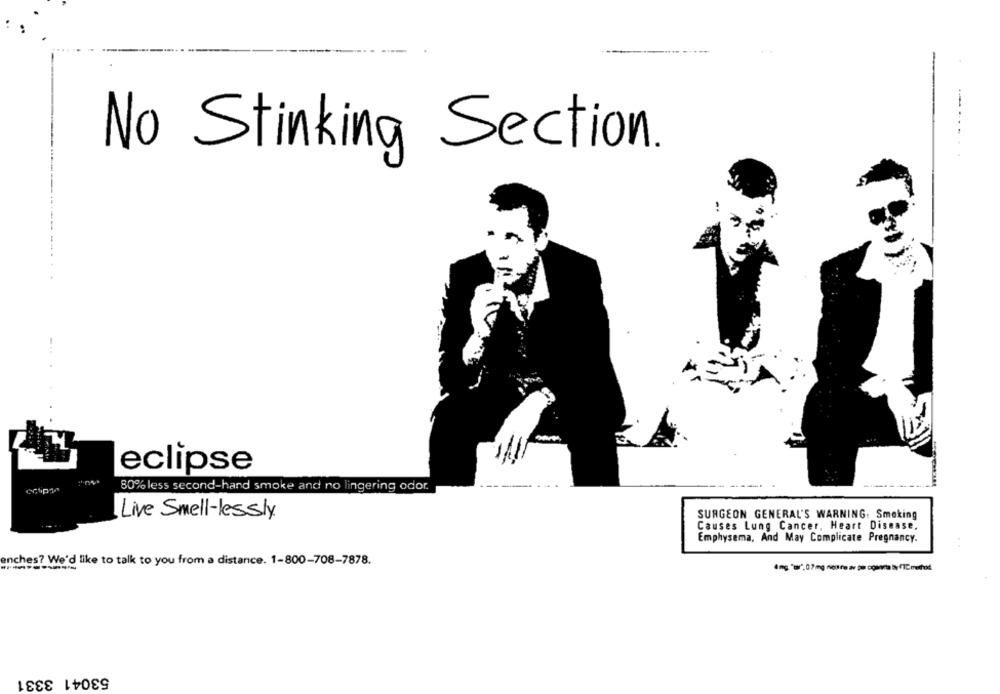
No Stinking Section.
eclipse
80% less second-hand smoke and no lingering odor.
Live Smell-lessly
SURGEON GENERAL'S WARNING: Smoking
Causes Lung Cancer. Heart Disease.
Emphysema, And May Complicate Pregnancy.
enches? We'd like to talk to you from a distance. 1-800-708-7878.
-----------
ans 'u',07 mg notre av se couvre by /TC method
53041 3331